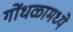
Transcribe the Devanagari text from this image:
गोंधळामध्ये